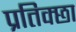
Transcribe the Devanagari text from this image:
प्रतिक्छा